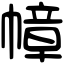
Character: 幛